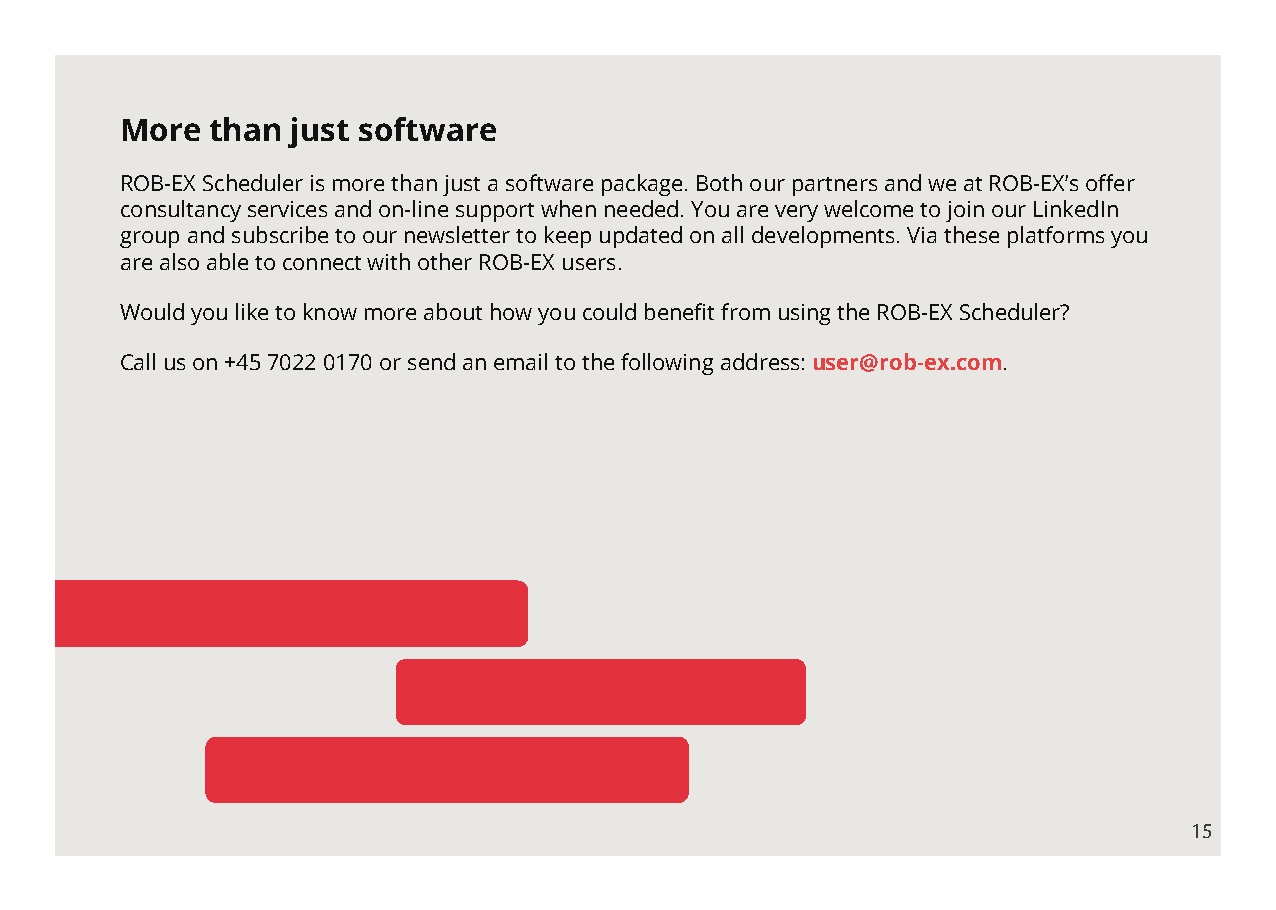
More  than just software
 ROB-EX Scheduler is more than just a software package. Both our partners and we at ROB-EX’s offer
 consultancy services and on-line support when needed. You are very welcome to join our LinkedIn
 group and subscribe to our newsletter to keep updated on all developments. Via these platforms you
 are also able to connect with other ROB-EX users.
 Would you like to know more about how you could benefit from using the ROB-EX Scheduler?
 Call us on +45 7022 0170 or send an email to the following address: user@rob-ex.com.
 15